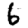
Digit: 6